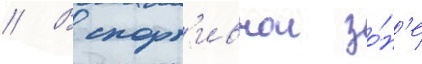
// В спорт'ивнои зо́н'е